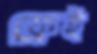
ফ্রেই